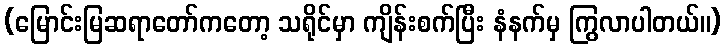
(မြောင်းမြဆရာတော်ကတော့ သရိုင်မှာ ကျိန်းစက်ပြီး နံနက်မှ ကြွလာပါတယ်။)